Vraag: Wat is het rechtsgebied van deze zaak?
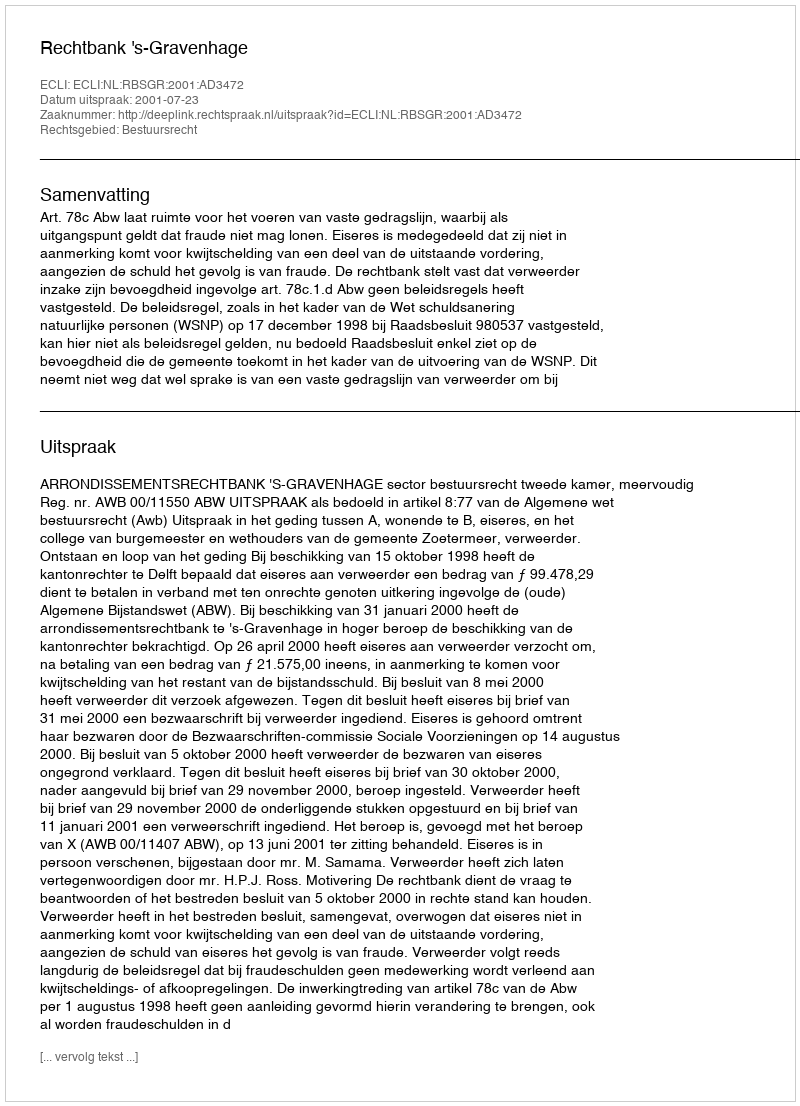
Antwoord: Bestuursrecht